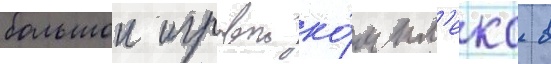
большои игровои ко́мпл'екс в